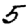
Digit: 5